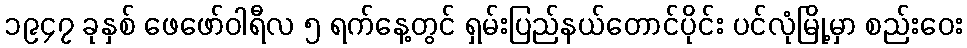
၁၉၄၇ ခုနှစ် ဖေဖော်ဝါရီလ ၅ ရက်နေ့တွင် ရှမ်းပြည်နယ်တောင်ပိုင်း ပင်လုံမြို့မှာ စည်းဝေး